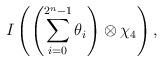
LaTeX: \begin{align*}I\left(\left(\sum_{i=0}^{2^n-1}\theta_i\right)\otimes\chi_4\right),\end{align*}